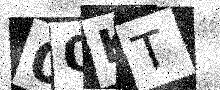
Text: 0QKT